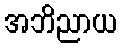
အဘိညာယ